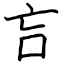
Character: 吂